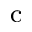
\mathrm { ^ c }